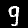
Digit: 9